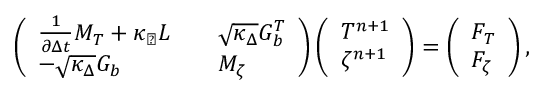
\left( \begin{array} { l l l } { \frac { 1 } { \partial \Delta t } M _ { T } + \kappa _ { \perp } L } & & { \sqrt { \kappa _ { \Delta } } G _ { b } ^ { T } } \\ { - \sqrt { \kappa _ { \Delta } } G _ { b } } & & { M _ { \zeta } } \end{array} \right) \left( \begin{array} { l } { T ^ { n + 1 } } \\ { \zeta ^ { n + 1 } } \end{array} \right) = \left( \begin{array} { l } { F _ { T } } \\ { F _ { \zeta } } \end{array} \right) ,